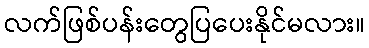
လက်ဖြစ်ပန်းတွေပြပေးနိုင်မလား။